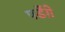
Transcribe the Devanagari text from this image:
पडेंग़े